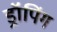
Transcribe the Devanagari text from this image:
ड्रॉपिंग